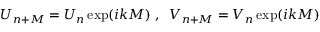
U _ { n + M } = U _ { n } \exp ( i k M ) \; , \; \; V _ { n + M } = V _ { n } \exp ( i k M )